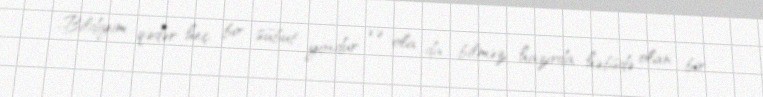
-Bildiyim qədər heç bir sübut yoxdur və ola da bilməz, hazırda həbsdə olan bir